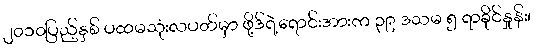
၂၀၁၀ပြည့်နှစ် ပထမသုံးလပတ်မှာ ဖို့ဒ်ရဲ့ရောင်းအားက ၃၉ ဒသမ ၅ ရာခိုင်နှုန်း၊